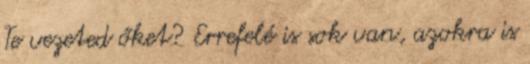
Te vezeted őket? Errefelé is sok van, azokra is